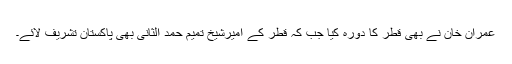
عمران خان نے بھی قطر کا دورہ کیا جب کہ قطر کے امیرشیخ تمیم حمد الثانی بھی پاکستان تشریف لائے۔